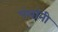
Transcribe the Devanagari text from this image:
पंथांनी